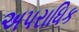
અપરાધિક